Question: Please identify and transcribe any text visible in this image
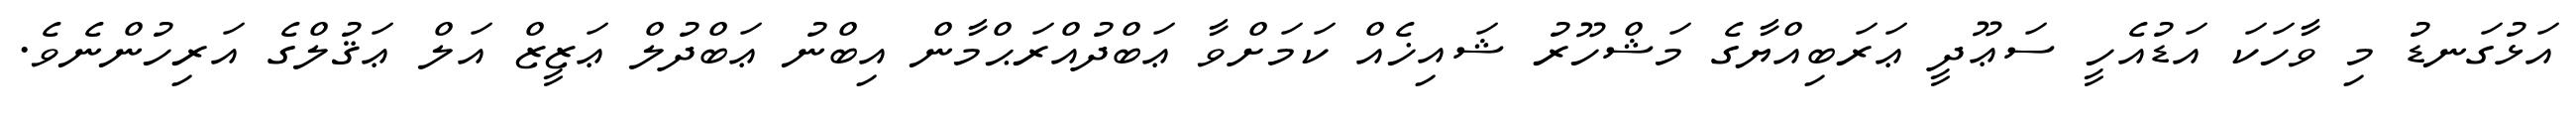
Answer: އަޅުގަނޑު މި ވާހަކަ އަޑުއެހީ ސަޢޫދީ ޢަރަބިއްޔާގެ މަޝްހޫރު ޝައިޚެއް ކަމަށްވާ ޢަބްދުއްރަޙްމާން އިބްނު ޢަބްދުލް ޢަޒީޒް އަލް ޢަޤުލްގެ އަރިހުންނެވެ.